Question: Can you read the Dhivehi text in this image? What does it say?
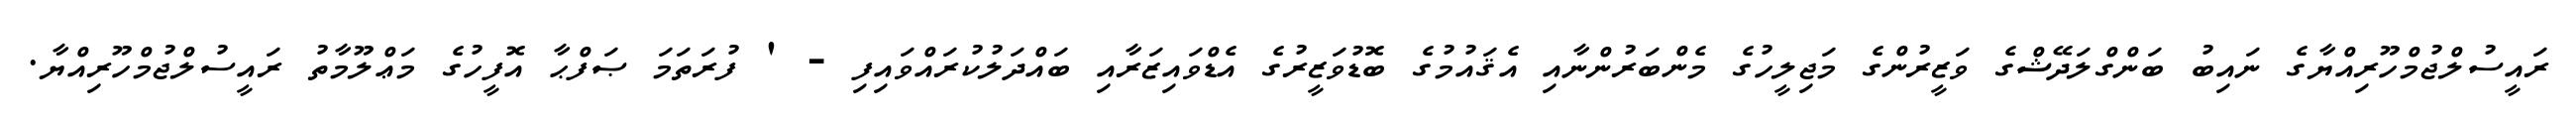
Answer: ރައީސުލްޖުމްހޫރިއްޔާގެ ނައިބު ބަންގްލަދޭޝްގެ ވަޒީރުންގެ މަޖިލީހުގެ މެންބަރުންނާއި އެޤައުމުގެ ބޮޑުވަޒީރުގެ އެޑްވައިޒަރާއި ބައްދަލުކުރައްވައިފި - ' ފުރަތަމަ ޞަފްޙާ އޮފީހުގެ މަޢްލޫމާތު ރައީސުލްޖުމްހޫރިއްޔާ.